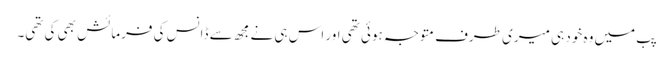
پب میں وہ خود ہی میری طرف متوجہ ہوئی تھی اور اس ہی نے مجھ سے ڈانس کی فرمائش بھی کی تھی۔